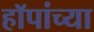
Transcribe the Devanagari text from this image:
हॉपांच्या